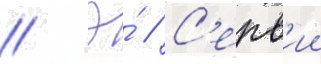
// Э́ // С'ерв'ии